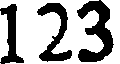
123